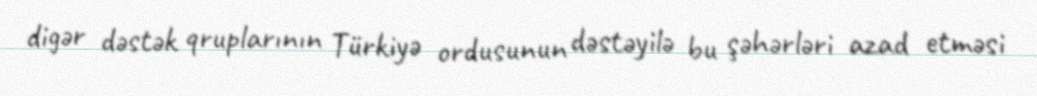
digər dəstək qruplarının Türkiyə ordusunun dəstəyilə bu şəhərləri azad etməsi